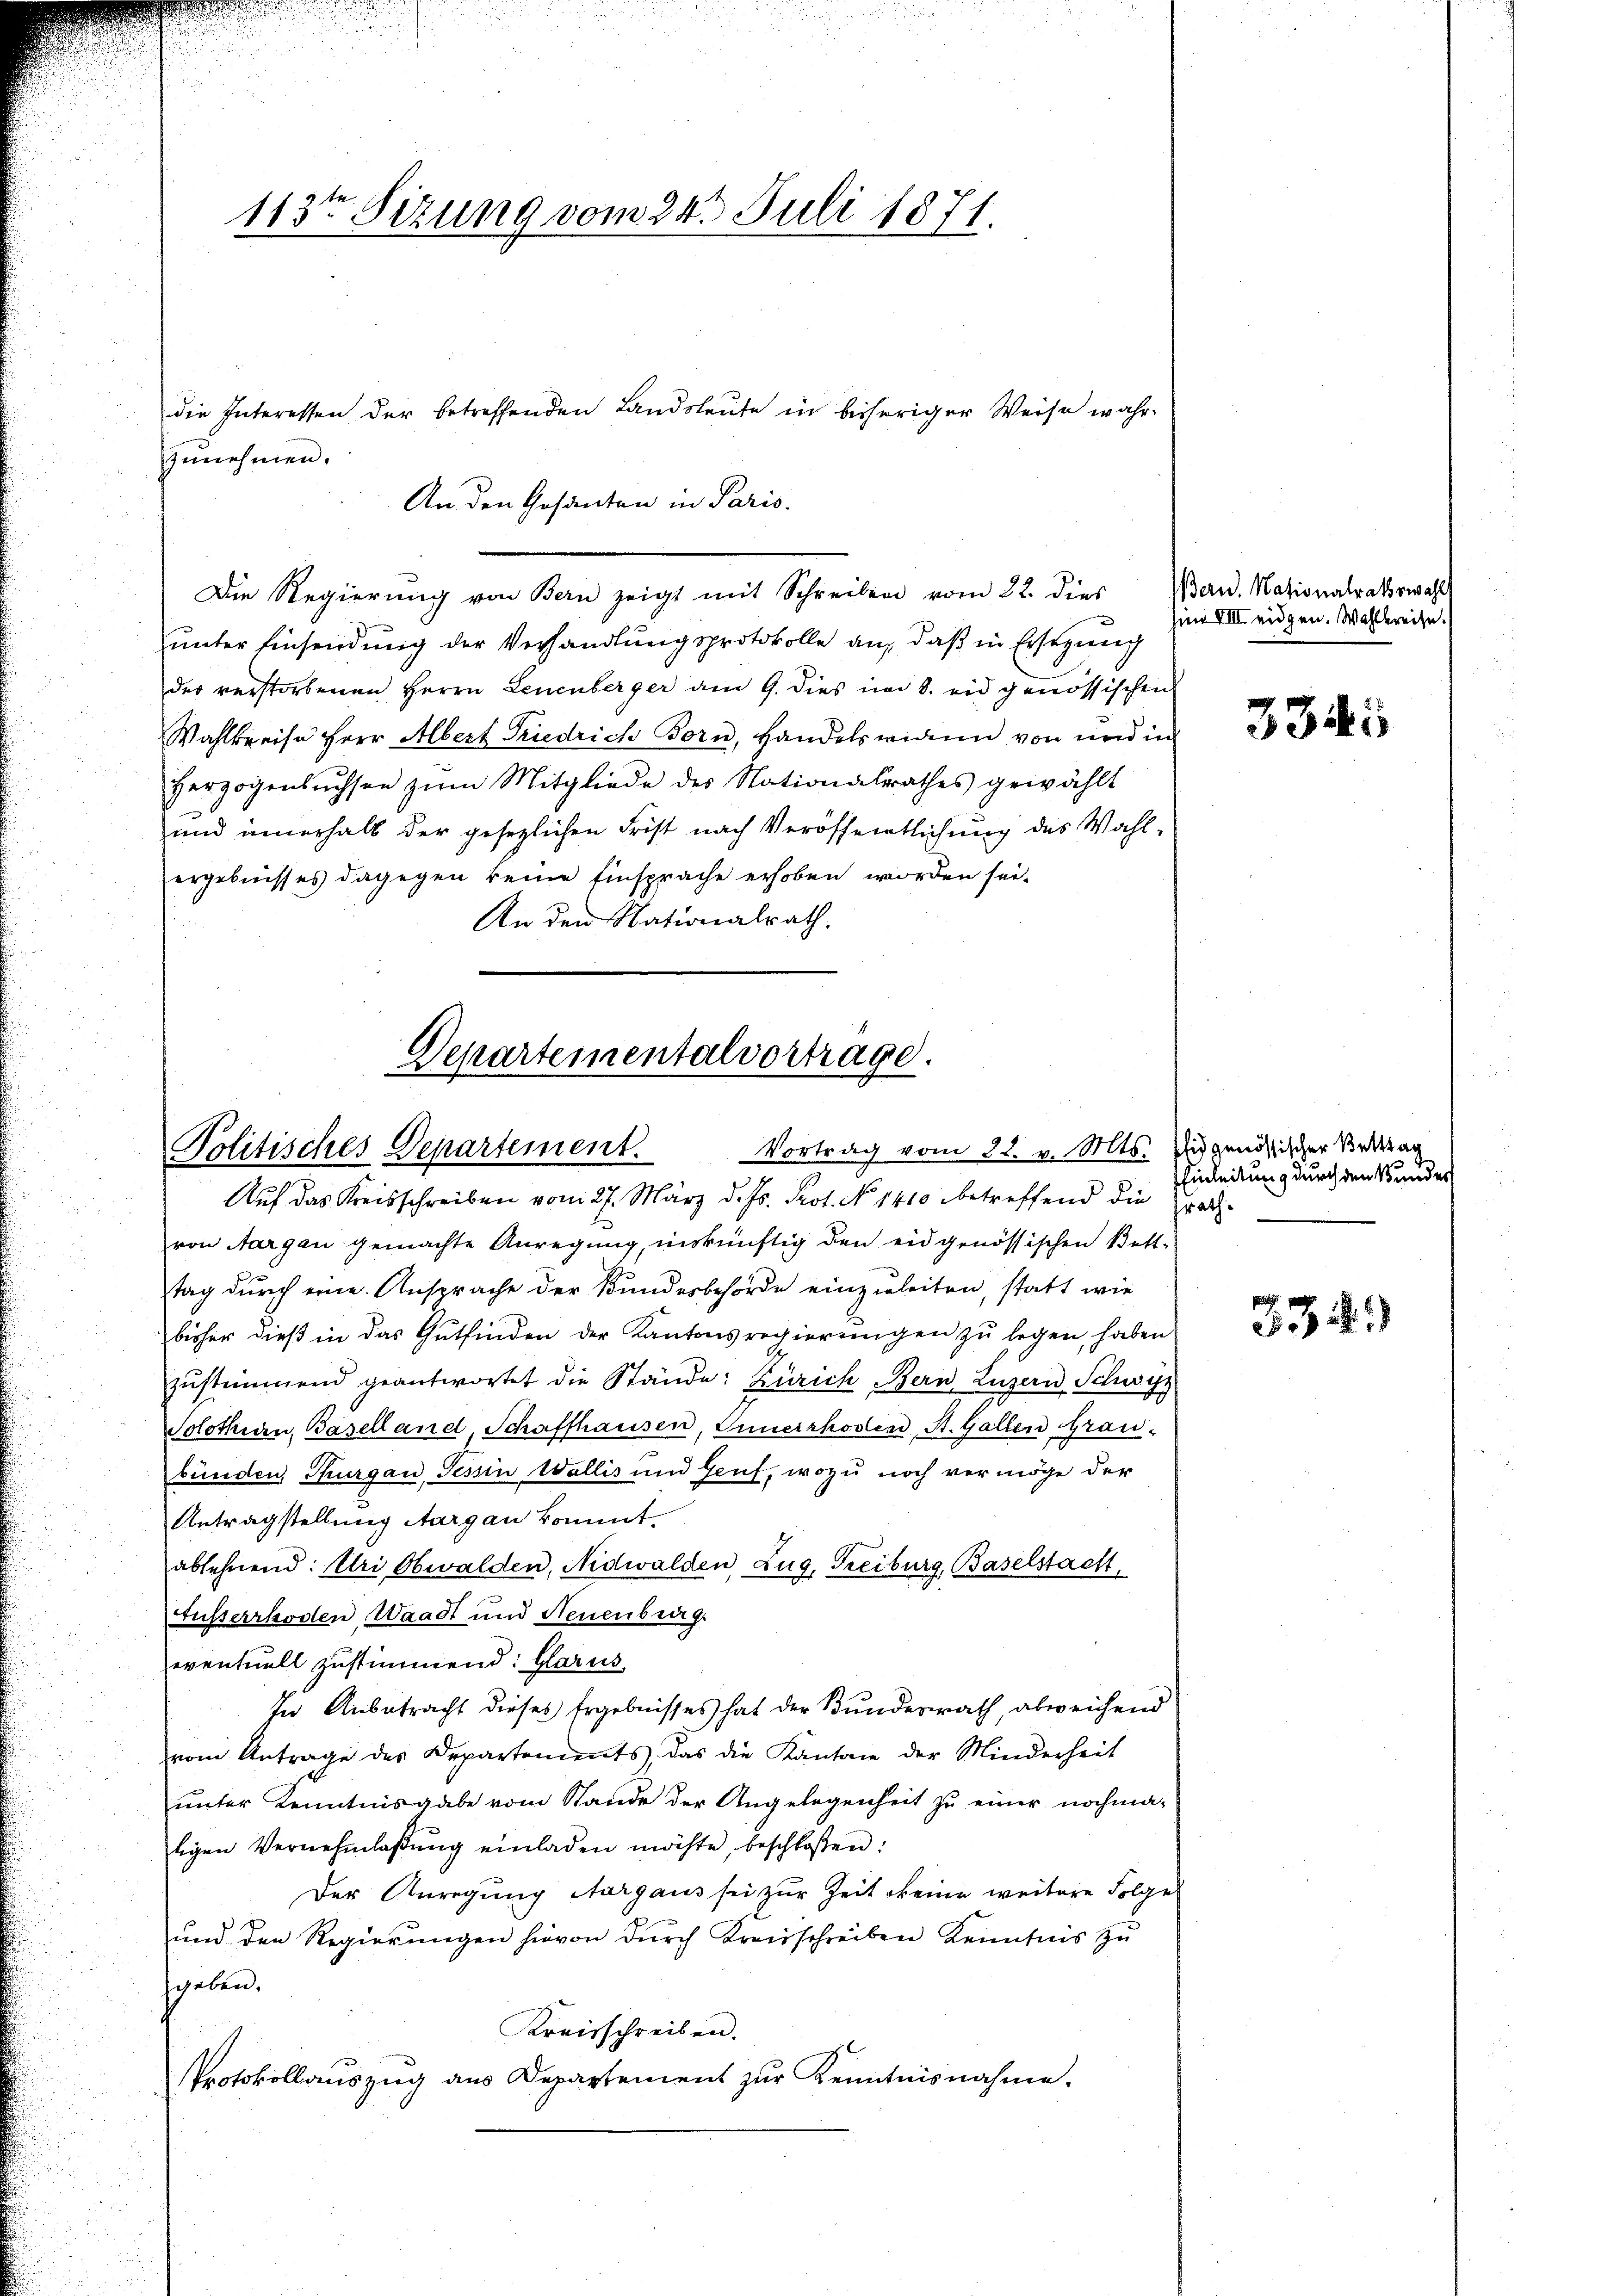
Departementalvortrage.
Politisches Departement.

113ten Sizung vom 24. Juli 1871.

die Interessen der betreffenden Landsleute in bisheriger Weise wahr-
zunehmen.
An den Gesanten in Paris.
unter Einsendung der Verhandlungsprotokolle an, daß in Ersezung
des verstorbenen Herrn Leuenberger am 9. dies im 8. eidgenössischen
Wahlkreise Herr Albert Friedrich Born, Handelsmann von und in
Herzogenbuchsen zŭm Mitgliede des Nationalrathes gewählt
und innerhalb der gesezlichen Frist nach Veröffentlichung des Wahl-
ergebnisses dagegen keine Einsprache erhoben worden sei.
An den Nationalrath.

Die Regierŭng von Bern zeigt mit Schreiben vom 22. dies Bern. Nationalratswahl

Auf das Kreisschreiben vom 27. März d. Js. Prot. No 1410 betreffend die radi-
von Aargau gemachte Anregung, unkünftig den eidgenössischen Betttag durch eine Ansprache der Bundesbehörde einzuleiten, statt wie
bisher dieβ in das Gutfinden der Kantonsregierŭngen zŭ legen haben.
zŭstimmend geantwortet die Stände: Zürich Bern, Luzern Schwyz
Solothurn, Baselland, Schaffhausen, Innerrhoder St. Gallen Graubünden, Thurgau, Tessin Wallis und Genf, wozu noch vermöge der
Antragstellung Aargau kommt.
ablehnend: Uri Obwalden, Nidwalden Zug, Freiburg, Baselstacht
Fusserrhoden, Waadt und Neuenburg.
eventuell zustimmend: Glarus
In Anbetracht dieses Ergebnisses hat der Bundesrath, abweichend
vom Antrage des Departements, das die Kantone der Minderheit
unter Kenntnisgabe vom Stande der Angelegenheit zu einer nochmaligen Vernehmlaβŭng einladen möchte, beschloßen:
Der Anregung Aargaus sei zur Zeit keine weitere Folge
und den Regierungen hievon dŭrch Kreisschreiben Kenntnis zŭ
sgelen.
Kreisschreiben.
Protokollauszug aus Departement zŭr Kenntnisnahme.

Vortrag vom 22. v. Mts. Eidgenössischer Bettag

sim VIII eidgen. Wahlkreise.

3345

Einleitung durch den Stundes

334)